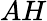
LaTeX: AH